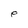
Character: P